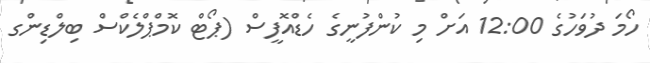
ހޯމަ ދުވަހުގެ 12:00 އަށް މި ކުންފުނީގެ ހެޑްއޮފީސް (ޕޯޓް ކޮމްޕްލެކްސް ބިލްޑިންގ